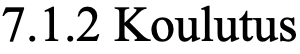
7.1.2 Koulutus